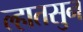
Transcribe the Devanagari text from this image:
ल्हातसुन